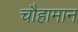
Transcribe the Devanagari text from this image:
चौहामान